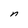
Character: n